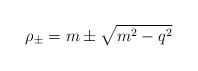
LaTeX: \begin{align*}\rho_\pm = m \pm \sqrt{m^2-q^2} \end{align*}